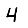
Digit: 4